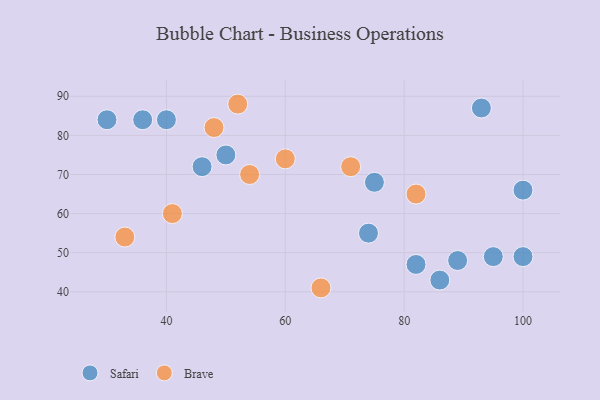
{"axis": {"x": "GDP", "y": "Life Expectancy"}, "legend": ["Brave", "Safari"], "data": [{"x": "40", "y": 84, "type": "Safari"}, {"x": "50", "y": 75, "type": "Safari"}, {"x": "95", "y": 49, "type": "Safari"}, {"x": "100", "y": 49, "type": "Safari"}, {"x": "86", "y": 43, "type": "Safari"}, {"x": "75", "y": 68, "type": "Safari"}, {"x": "36", "y": 84, "type": "Safari"}, {"x": "93", "y": 87, "type": "Safari"}, {"x": "46", "y": 72, "type": "Safari"}, {"x": "89", "y": 48, "type": "Safari"}, {"x": "100", "y": 66, "type": "Safari"}, {"x": "30", "y": 84, "type": "Safari"}, {"x": "74", "y": 55, "type": "Safari"}, {"x": "82", "y": 47, "type": "Safari"}, {"x": "41", "y": 60, "type": "Brave"}, {"x": "48", "y": 82, "type": "Brave"}, {"x": "54", "y": 70, "type": "Brave"}, {"x": "82", "y": 65, "type": "Brave"}, {"x": "52", "y": 88, "type": "Brave"}, {"x": "66", "y": 41, "type": "Brave"}, {"x": "33", "y": 54, "type": "Brave"}, {"x": "71", "y": 72, "type": "Brave"}, {"x": "60", "y": 74, "type": "Brave"}]}